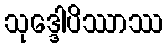
သုဒ္ဒေါပိဿာဿ